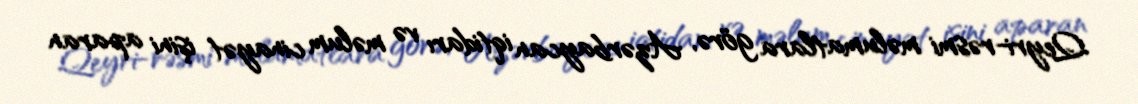
Qeyri-rəsmi məlumatlara görə, Azərbaycan iqtidarı və məlum cinayət işini aparan